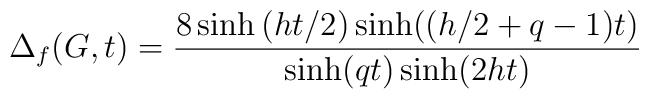
\Delta _f(G,t)=\frac{8\sinh \left( ht/2\right) \sinh ((h/2+q-1)t)}{\sinh(qt)\sinh (2ht)}